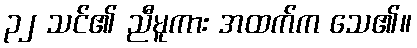
၃၂ သင်၏ ညီမူကား အထက်က သေ၏။